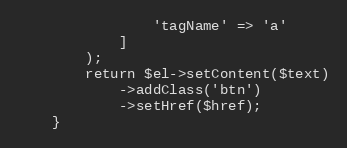
Language: PHP
                'tagName' => 'a'
            ]
        );
        return $el->setContent($text)
            ->addClass('btn')
            ->setHref($href);
    }